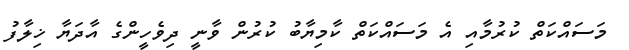
މަސައްކަތް ކުރުމާއި އެ މަސައްކަތް ކާމިޔާބު ކުރުން ވާނީ ދިވެހީންގެ އާދަޔާ ޚިލާފު